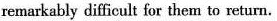
remarkably difficult for them to return.